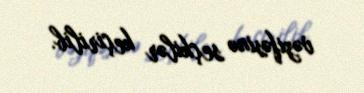
vəzifəsinə seçkilər keçirilib.